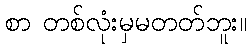
စာ တစ်လုံးမှမတတ်ဘူး။